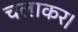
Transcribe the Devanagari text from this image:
चलाकर।